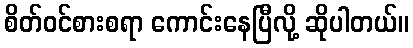
စိတ်ဝင်စားစရာ ကောင်းနေပြီလို့ ဆိုပါတယ်။